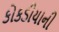
કોકડીયાની